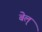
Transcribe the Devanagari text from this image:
बेल्